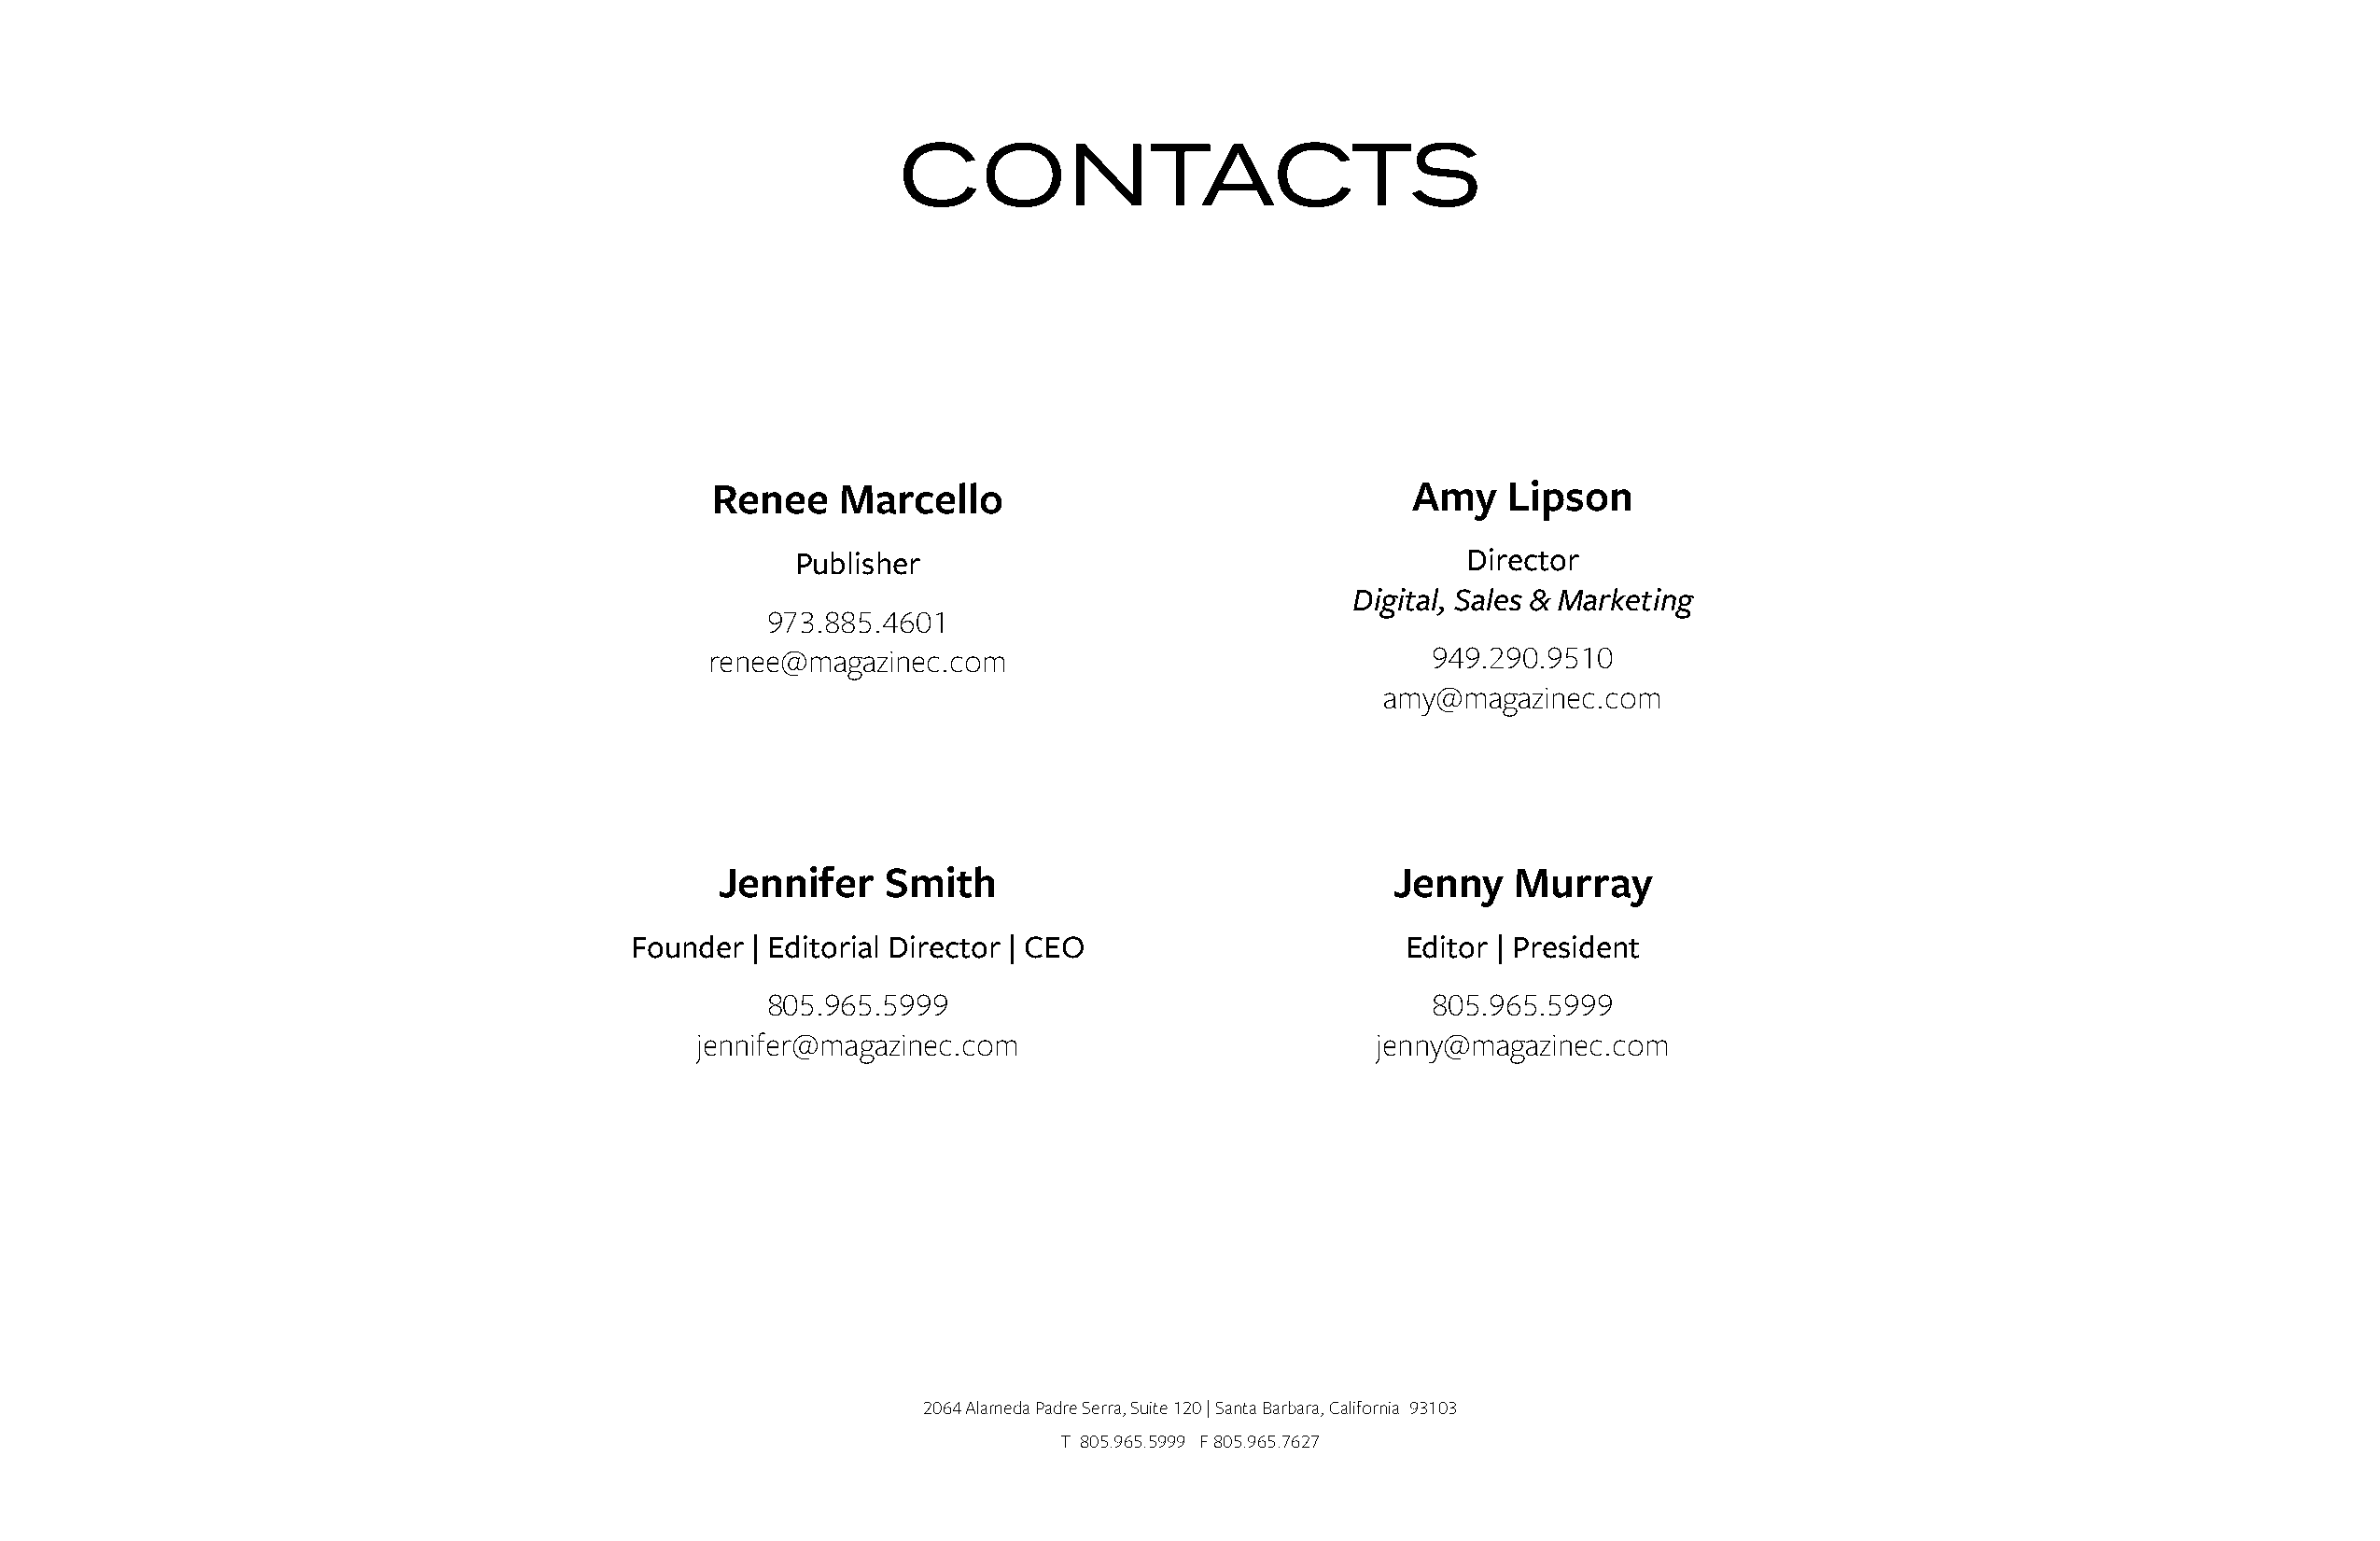
CONTACTS
 Renee    Marcello                                Amy    Lipson
 Publisher                                       Director
 Digital, Sales & Marketing
 973.885.4601
 renee@magazinec.com                                 949.290.9510
 amy@magazinec.com
 Jennifer    Smith                               Jenny   Murray
 Founder | Editorial Director | CEO                     Editor | President
 805.965.5999                                    805.965.5999
 jennifer@magazinec.com                           jenny@magazinec.com
 2064 Alameda Padre Serra, Suite 120 | Santa Barbara, California 93103
 T 805.965.5999 F 805.965.7627